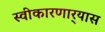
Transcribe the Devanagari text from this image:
स्वीकारणार्‍यास